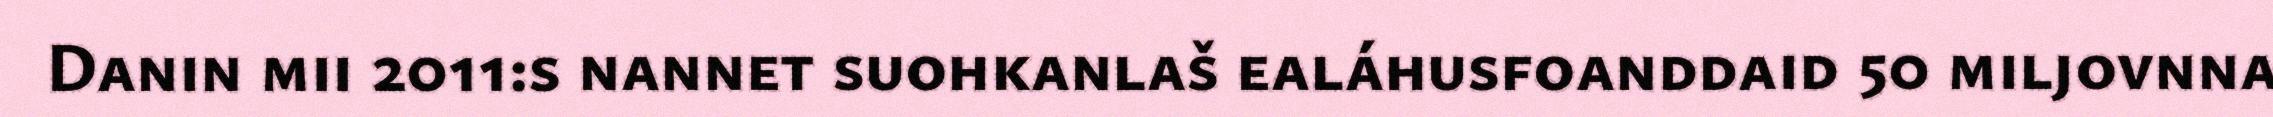
Danin mii 2011:s nannet suohkanlaš ealáhusfoanddaid 50 miljovnna